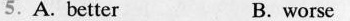
5.A. Better B. worse